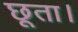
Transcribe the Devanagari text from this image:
छूता।